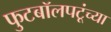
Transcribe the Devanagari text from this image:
फुटबॉलपटूंच्या